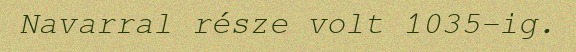
Navarral része volt 1035-ig.